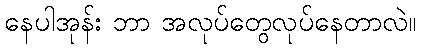
နေပါအုန်း ဘာ အလုပ်တွေလုပ်နေတာလဲ။